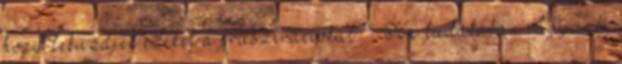
hogy leküzdjék ezeket a frusztrációkat? – Ha tudatában vagyunk,